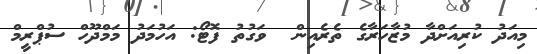
މިއަދު ކުރިއަށްދާ މުޒާހަރާގެ ތެރެއިން  ވަގުތު ފޮޓޯ: އަހުމަދު މަމްދޫހް ސުޕްރީމް